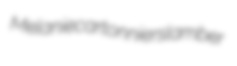
Melanie cartonniers lamber